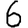
Digit: 6